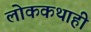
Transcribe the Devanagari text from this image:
लोककथाही